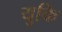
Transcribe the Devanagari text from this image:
युकि